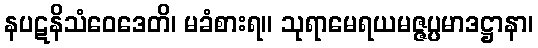
နပဋနိသံဝေဒေတိ၊ မခံစားရ။ သုရာမေရယမဇ္ဇပ္ပမာဒဋ္ဌာနာ၊